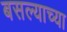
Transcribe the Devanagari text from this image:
बसल्याच्या